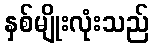
နှစ်မျိုးလုံးသည်